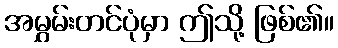
အမွှမ်းတင်ပုံမှာ ဤသို့ ဖြစ်၏။